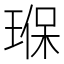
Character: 𤦸